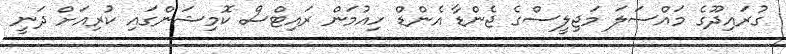
ގުރައިދޫގެ މައްސަލަ މަޖިލީސްގެ ޖެންޑާ އެންޑް ހިއުމަން ރައިޓްސް ކޮމިޝަންގައި ކުރިއަށް ދަނީ